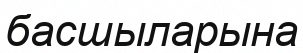
басшыларына